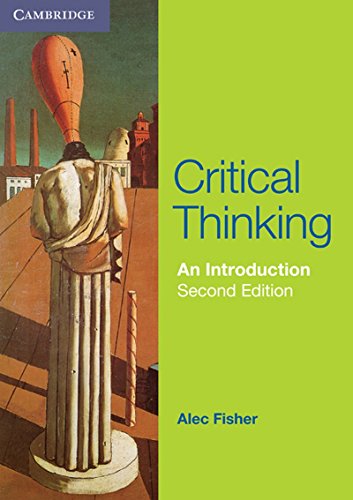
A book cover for Critical Thinking: An Introduction (Cambridge International Examinations); Alec Fisher; Teen & Young Adult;